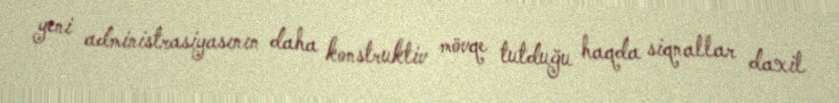
yeni administrasiyasının daha konstruktiv mövqe tutduğu haqda siqnallar daxil